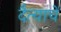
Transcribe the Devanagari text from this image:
दैत्याचें